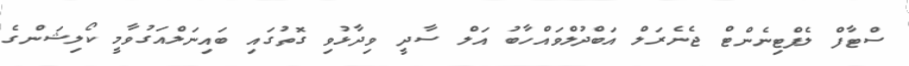
ސްޓާފް ލެފްޓިނެންޓް ޖެނެރަލް އަބްދުލްވައްހާބު އަލް ސާދީ ވިދާޅުވި ގޮތުގައި ބައިނަލްއަގުވާމީ ކޯލިޝަންގެ